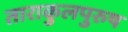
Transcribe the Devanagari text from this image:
ताराकुलपुरुष